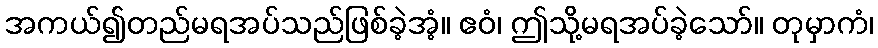
အကယ်၍တည်မရအပ်သည်ဖြစ်ခဲ့အံ့။ ဧဝံ၊ ဤသို့မရအပ်ခဲ့သော်။ တုမှာကံ၊